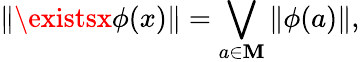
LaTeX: \| \existsx\phi(x)\| =\bigvee_{a\in\mathbf{M}}\| \phi(a)\| ,